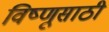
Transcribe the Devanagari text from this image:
विष्णूसाठी